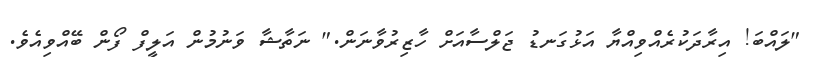
"ލައްބަ! އިރާދަކުރެއްވިއްޔާ އަޅުގަނޑު ޖަލްސާއަށް ހާޒިރުވާނަން." ނަތާޝާ ވަނުމުން އަލީފް ފޯން ބޭއްވިއެވެ.